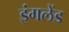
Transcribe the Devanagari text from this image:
इंगलेंड